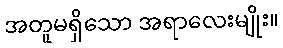
အတူမရှိသော အရာလေးမျိုး။